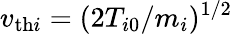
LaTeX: v_{\mathrm{th}i}=(2T_{i0}/m_{i})^{1/2}